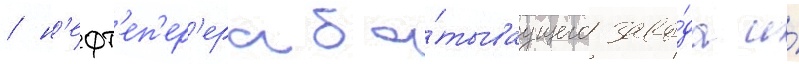
/ н'ефт'еп'ер'ераба́тываущего заво́да и́